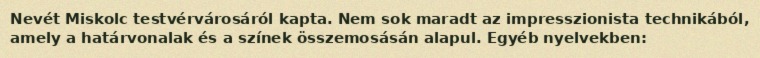
Nevét Miskolc testvérvárosáról kapta. Nem sok maradt az impresszionista technikából, amely a határvonalak és a színek összemosásán alapul. Egyéb nyelvekben: